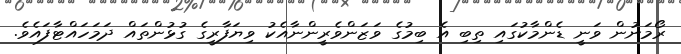
ރޯމަނުން ވަނީ ޑެންމާކުގައި ތިބި އެ ބިމުގެ ވަޒަންވެރީންނާއެކު ވިޔަފާރީގެ ގުޅުންތައް ދަމަހައްޓާފައެވެ.